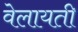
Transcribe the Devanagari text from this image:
वेलायती